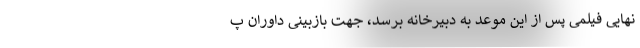
نهایی فیلمی پس از این موعد به دبیرخانه برسد، جهت بازبینی داوران پ